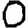
Digit: 0